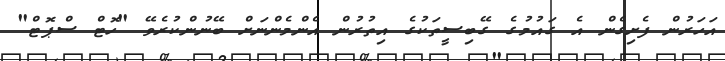
އަހަރުން ފެށިގެން އެ ގައުމުގެ ގޭބިސީތަކުގެ އިތުރުން އެންމެންނަށް ބޭނުންކުރެވޭ "ހޮޓް ސްޕޮޓް"